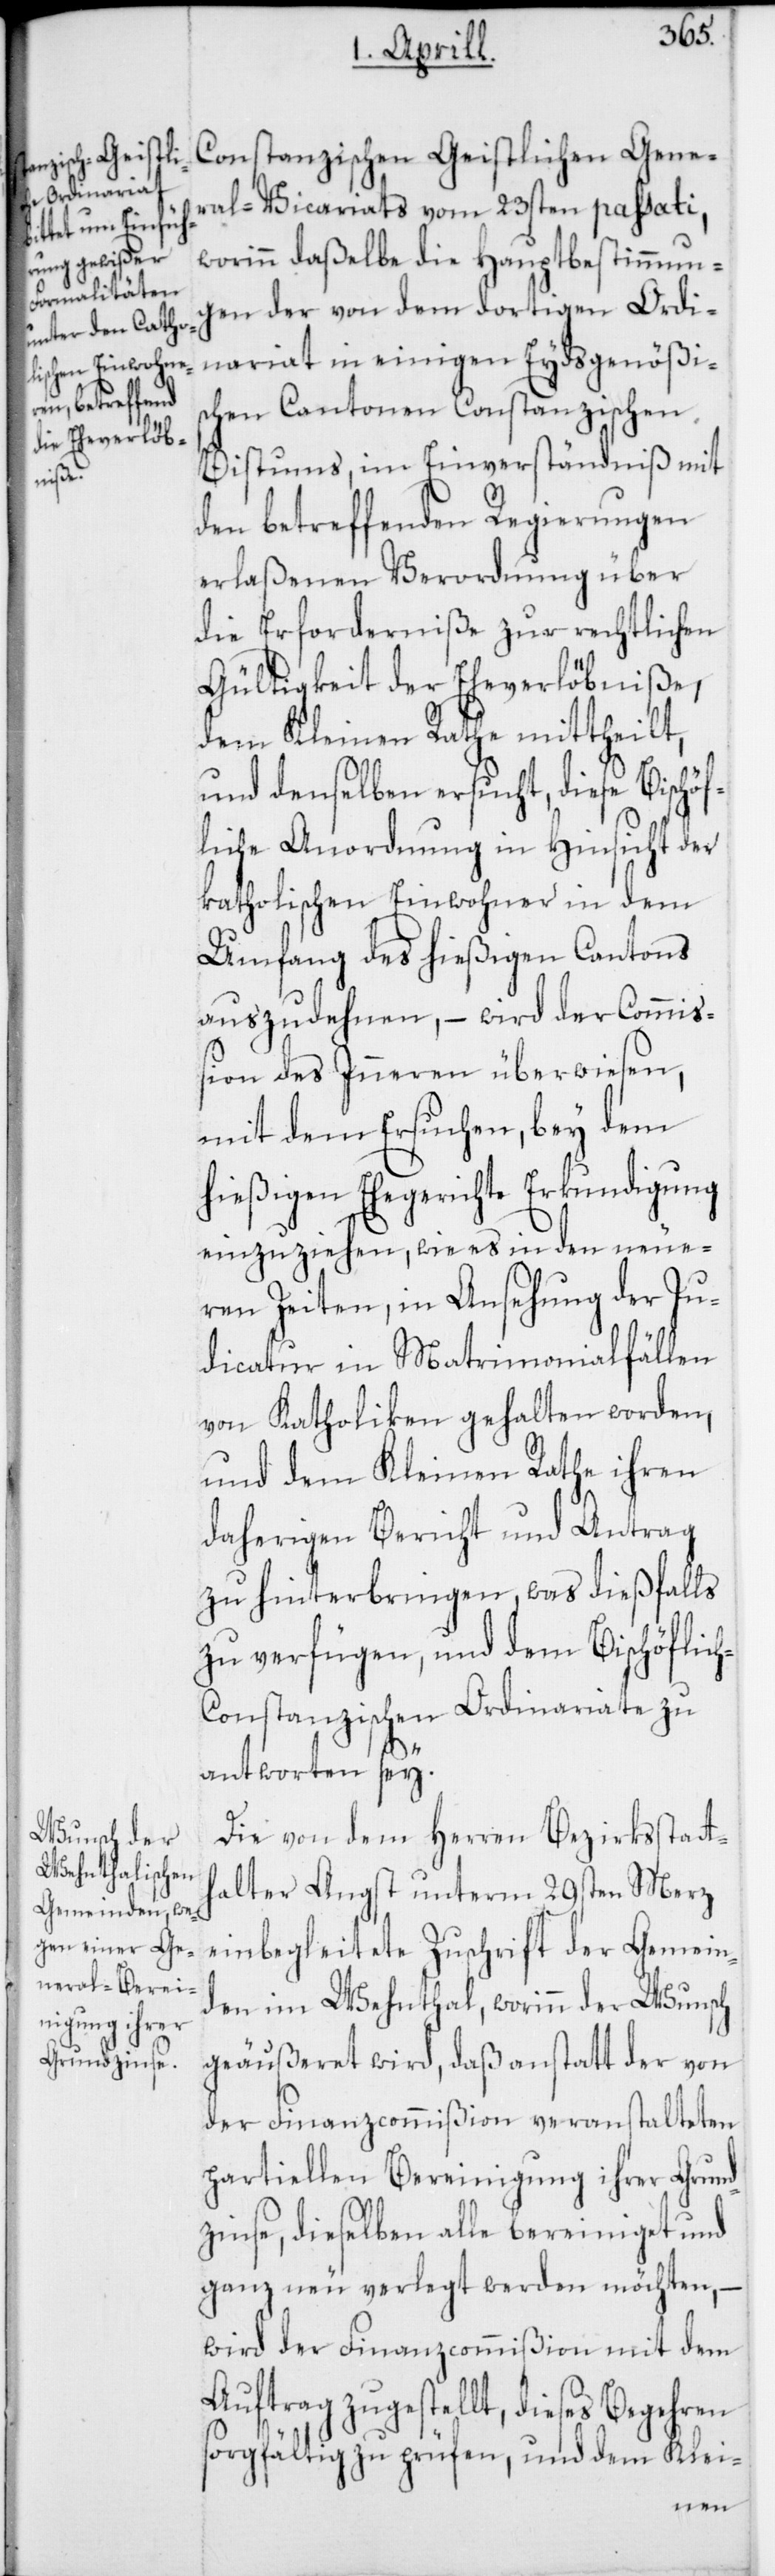
Constanzischen Geistlichen Gene¬
ral-Vicariats vom 23sten passati,
worinn daßelbe die Hauptbestimmun¬
gen der von dem dortigen Ordi¬
nariat in einigen Eydsgenößi¬
schen Cantonen Constanzischen
Bistums, im Einverständniß mit
den betreffenden Regierungen
erlaßenen Verordnung über
die Erforderniße zur rechtlichen
Gültigkeit der Eheverlöbniße,
dem Kleinen Rathe mittheilt,
und denselben ersucht, diese Bischöf¬
liche Anordnung in Hinsicht der
katholischen Einwohner in dem
Umfang des hießigen Cantons
auszudehnen, – wird der Commiß¬
ion des Inneren überwiesen,
mit dem Ersuchen, bey dem
hießigen Ehegerichte Erkundigung
einzuziehen, wie es in den neue¬
ren Zeiten, in Ansehung der Ju¬
dicatur in Matrimonialfällen
von Katholiken gehalten worden,
und dem Kleinen Rathe ihren
daherigen Bericht und Antrag
zu hinterbringen, was dießfalls
zu verfügen, und dem Bischöflic¬
h-Constanzischen Ordinariate zu
antworten sey.
Die von dem Herren Bezirksstatt¬
halter Angst unterm 29sten Merz
einbegleitete Zuschrift der Gemein¬
den im Wehnthal, worinn der Wunsch
geäußeret wird, daß anstatt der von
der Finanzcommißion veranstalteten
partiellen Bereinigung ihrer Grund¬
zinse, dieselben alle bereiniget und
ganz neu verlegt werden möchten,
wird der Finanzcommißion mit dem
Auftrag zugestellt, dieses Begehren
sorgfältig zu prüfen, und dem Klei-